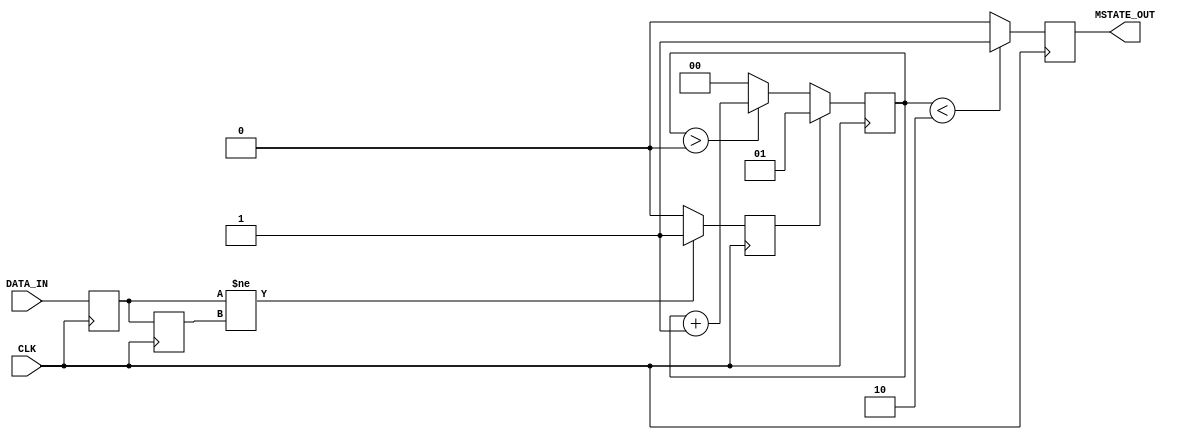
module metastability_detector (
    input wire DATA_IN,      // Input signal from an asynchronous source
    input wire CLK,          // Synchronous clock
    output reg MSTATE_OUT    // Metastability indicator output
);

    // Internal signals
    reg FF1_Q;              // Output of the first flip-flop
    reg FF2_Q;              // Output of the second flip-flop
    reg pulse;              // Pulse signal for metastability detection

    // Parameters for pulse width (adjust as necessary)
    parameter PULSE_WIDTH = 2; // Number of clock cycles for pulse duration

    // Flip-flops to sample the DATA_IN signal
    always @(posedge CLK) begin
        FF1_Q <= DATA_IN;    // Sample DATA_IN
        FF2_Q <= FF1_Q;      // Sample the output of FF1
    end

    // Pulse generation logic
    always @(posedge CLK) begin
        if (FF1_Q != FF2_Q) begin
            pulse <= 1'b1;    // Set pulse high if a transition is detected
        end else begin
            pulse <= 1'b0;    // Clear pulse otherwise
        end
    end

    // Metastability indicator logic
    reg [1:0] pulse_counter; // Counter to manage pulse width
    always @(posedge CLK) begin
        if (pulse) begin
            pulse_counter <= 2'b01; // Start counting when pulse is high
        end else if (pulse_counter > 0) begin
            pulse_counter <= pulse_counter + 1; // Increment counter
        end else begin
            pulse_counter <= 0; // Reset counter
        end
    end

    // Output MSTATE_OUT based on pulse width
    always @(posedge CLK) begin
        if (pulse_counter < PULSE_WIDTH) begin
            MSTATE_OUT <= 1'b1; // Output high during pulse duration
        end else begin
            MSTATE_OUT <= 1'b0; // Output low otherwise
        end
    end

endmodule